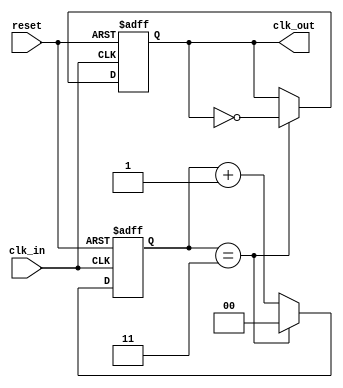
module clock_divider (
    input clk_in,       // Input clock
    input reset,        // Asynchronous reset
    output reg clk_out  // Divided clock output
);

    reg [1:0] count; // 2-bit counter

    always @(posedge clk_in or posedge reset) begin
        if (reset) begin
            count <= 2'b00;
            clk_out <= 1'b0;
        end else begin
            count <= count + 1'b1;
            if (count == 2'b11) begin
                clk_out <= ~clk_out; // Toggle the output clock
                count <= 2'b00;
            end
        end
    end

endmodule